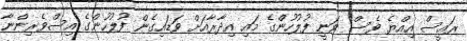
ރައީސް އިއްޔެ ވެސް ވަނީ ފުލުހުންގެ މައި އިދާރާއަށް ވަޑައިގެން ފުލުހުންގެ އިސްވެރިންނާ